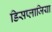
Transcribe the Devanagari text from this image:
डिसप्लाजिया